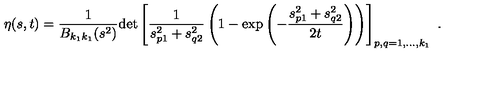
\eta ( s , t ) = \frac { 1 } { B _ { k _ { 1 } k _ { 1 } } ( s ^ { 2 } ) } \mathrm { d e t } \left[ \frac { 1 } { s _ { p 1 } ^ { 2 } + s _ { q 2 } ^ { 2 } } \left( 1 - \exp \left( - \frac { s _ { p 1 } ^ { 2 } + s _ { q 2 } ^ { 2 } } { 2 t } \right) \right) \right] _ { p , q = 1 , \ldots , k _ { 1 } } \ .